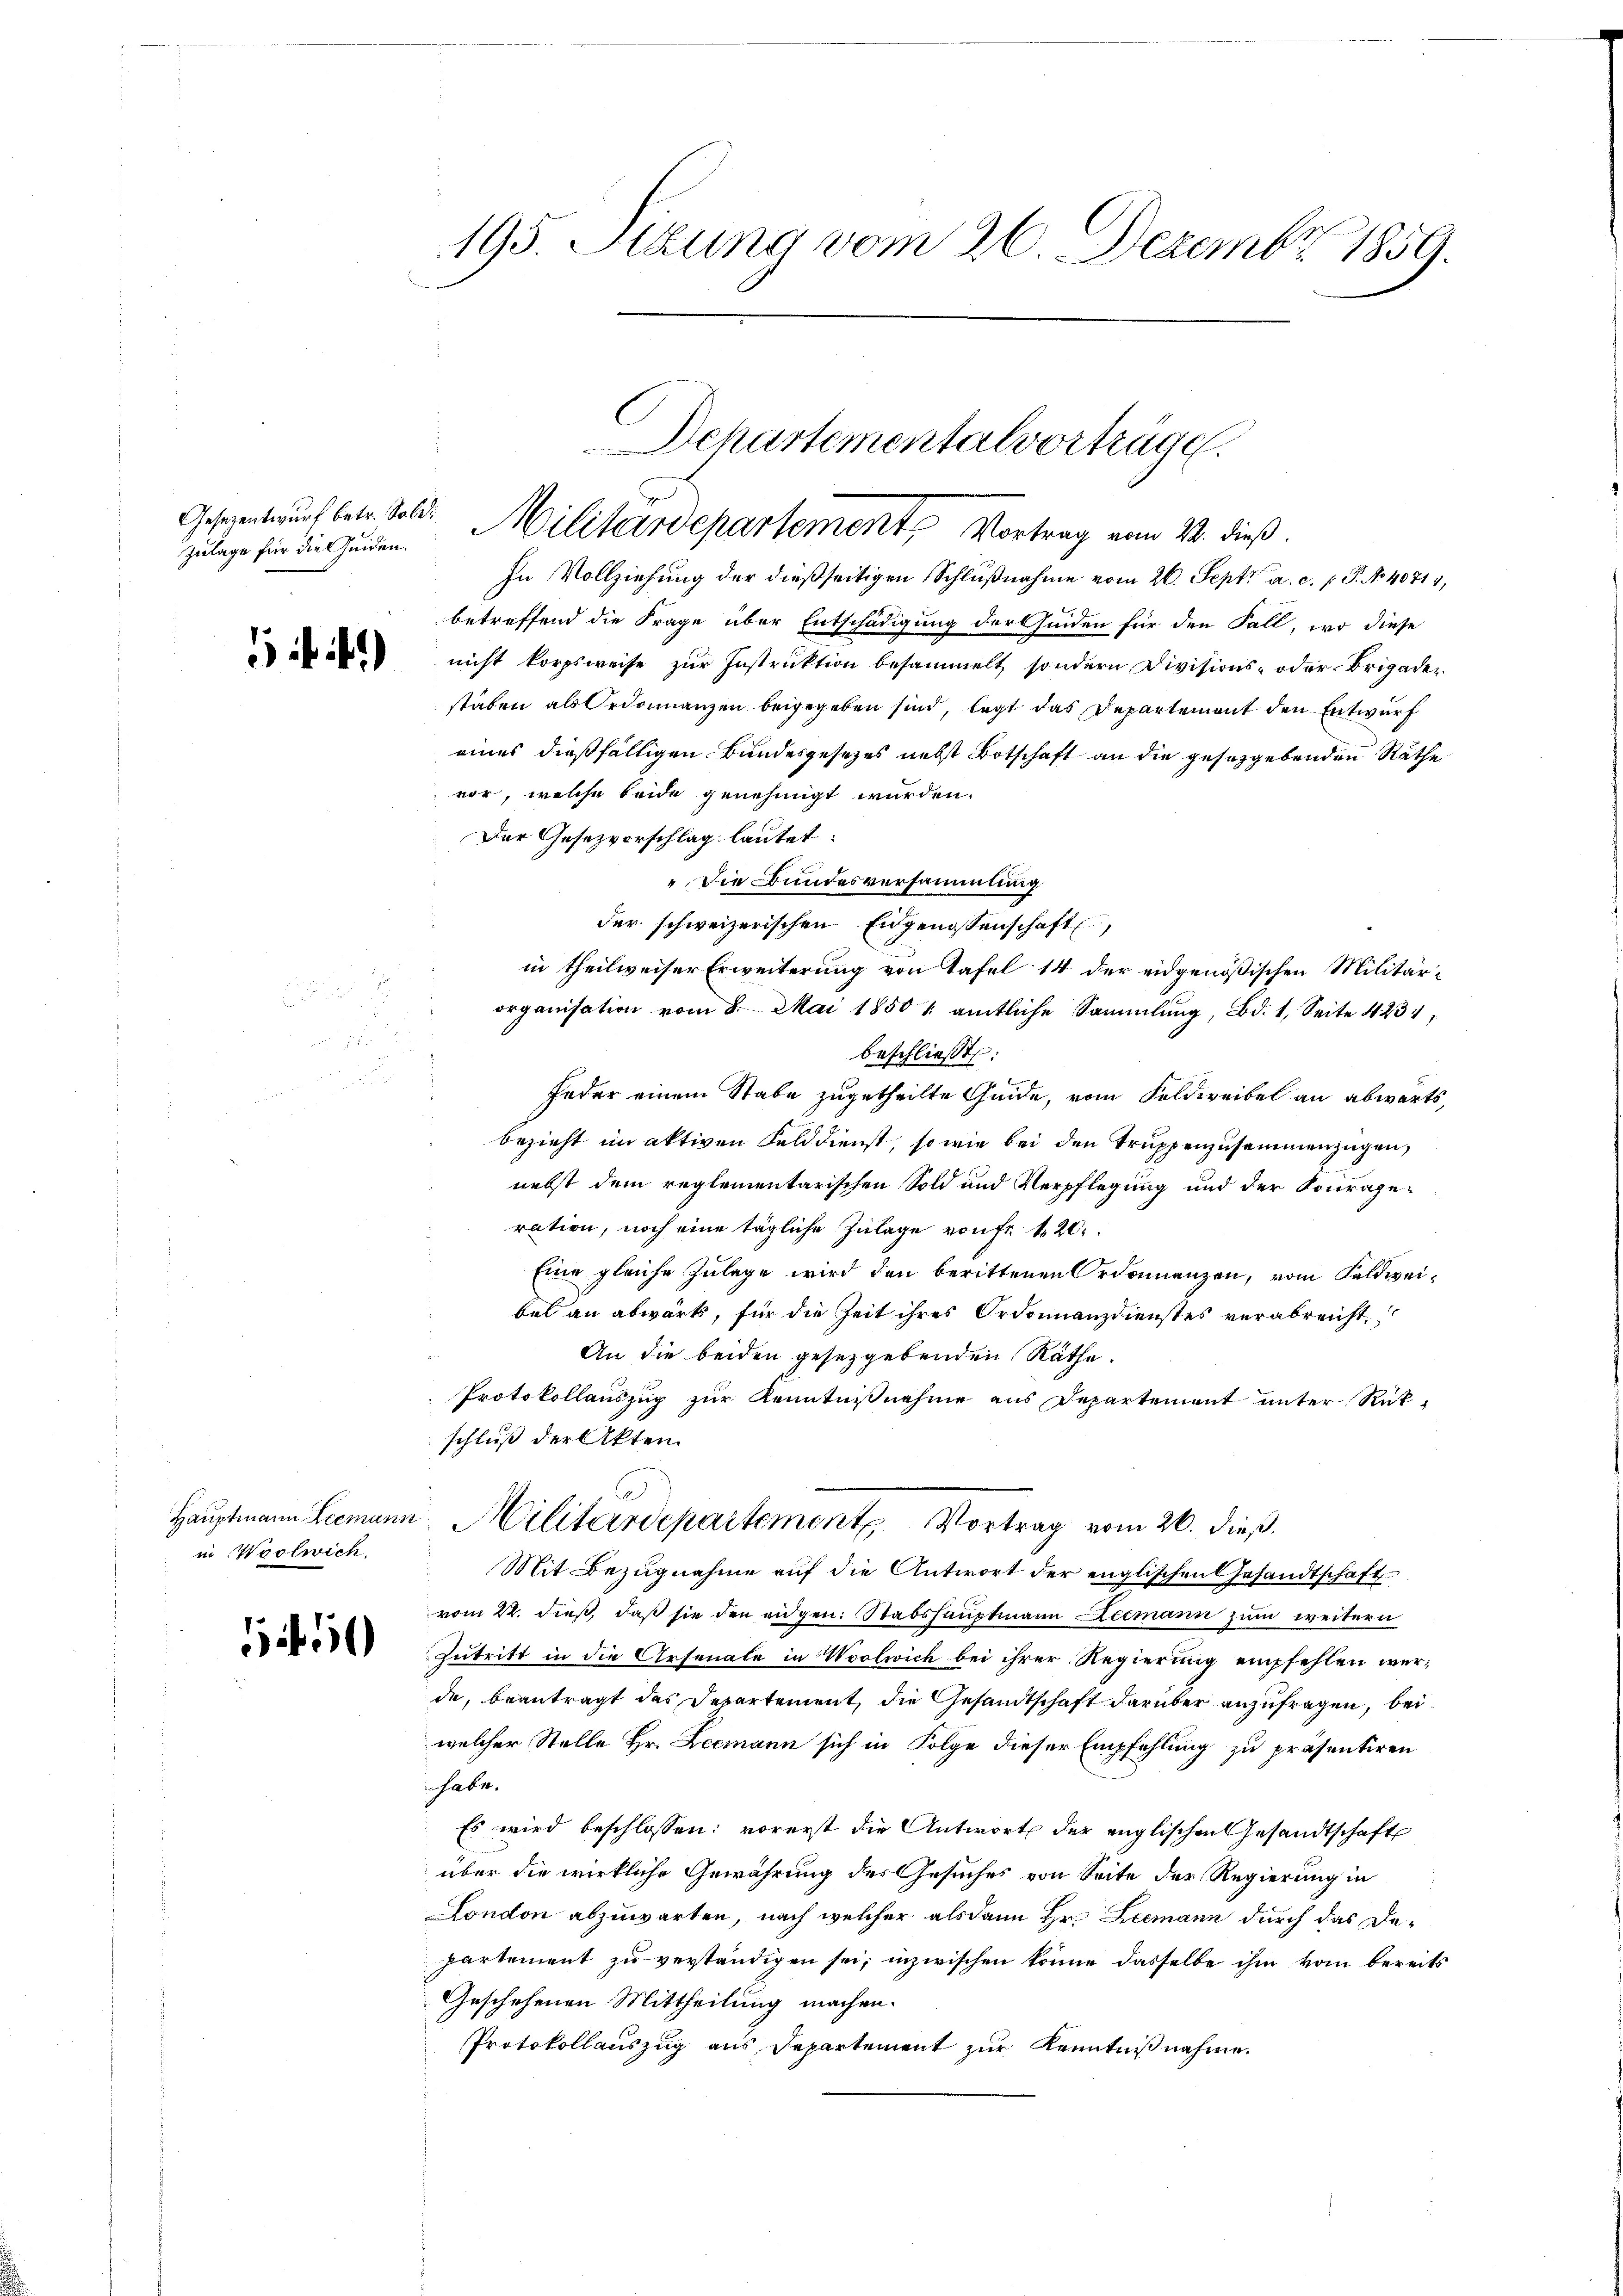
Zulage für die Heiden.

)

Hauptmann Leemann
in Woolwich.

5

195. Stung vom 26. Dezember 1859.

In Vollziehung der dießseitigen Schlußnahme vom 26. Sept. a. c. p. P. No. 40711,
betreffend die Frage über Entschädigung der Heiden für den Fall, wo diese
nicht korpsweise zur Instruktion besammelt sondern Divisions- oder Brigadestaben als Ordonanzen beigegeben sind, legt das Departement den Entwurf
eines dießfälligen Bundesgesetzes nebst Botschaft an die gesetzgebenden Räthe
vor, welche beide genehmigt wurden.
Der Gesezvorschlag lautet:
"Die Bundesversammlung
der schweizerischen Eidgenossenschaft,
in theilweiser Erweiterung von Tafel 14 der eidgenößischen Militär-
organisation vom 8. Mai 1850 / amtliche Sammlung, Bd. 1, Seite 4231,
beschließt:
Feder einem Stabe zugetheilte Guide, vom Feldweibel an abwärts,
bezieht im aktiven Felddienst, so wie bei den Truppenzusammenzügen,
nebst dem reglementarischen Sold und Verpflegung und der Sourageration, noch eine tägliche Zulage vonf f 20
Eine gleiche Zulage wird den berittenen Ordonnenzen, vom Feldweibel an abwärts, für die Zeit ihres Ordonnanzdienstes verabreicht.
An die beiden gesetzgebenden Räthe.
Protokollauszug zur Kenntnisnahme aus Departement unter Rück-
schluß der Akten.
Militärdepartement Vortrag vom 26. dieß.
Mit Bezugnahme auf die Antwort der englischen Gesandtschaft
vom 22. dieß, daß sie den eidgen. Stabshauptmann Leemann zum weitern
Zutritt in die Arsonale in Woolwich bei ihrer Regierung empfehlen werde, beantragt das Departement, die Gesandtschaft darüber anzufragen, bei.
welcher Stelle Hr. Leemann sich in Folge dieser Empfehlung zu präsentiren
habe.
Es wird beschlossen: vorerst die Antwort der englischen Gesandtschaft
über die wirkliche Gewährung des Gesuches von Seite der Regierung in
London abzuwarten, nach welcher als dann Hr. Leemann durch das Departement zu verständigen sei; inzwischen könne dasselbe ihm vom bereits
Geschehenen Mittheilung machen.
Protokollauszug aus Departement zur Kenntnißnahme.

Schartementalvorträge.
Gesezentwurf betr. Sold. Militärdepartement, Vortrag vom 23. dieß.